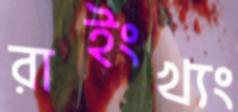
রাইংখ্যং